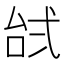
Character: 𱎔